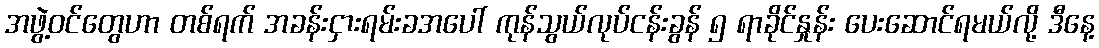
အဖွဲ့ဝင်တွေဟာ တစ်ရက် အခန်းငှားရမ်းခအပေါ် ကုန်သွယ်လုပ်ငန်းခွန် ၅ ရာခိုင်နှုန်း ပေးဆောင်ရမယ်လို့ ဒီနေ့